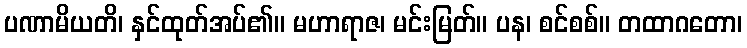
ပဏာမိယတိ၊ နှင်ထုတ်အပ်၏။ မဟာရာဇ၊ မင်းမြတ်။ ပန၊ စင်စစ်။ တထာဂတော၊